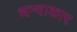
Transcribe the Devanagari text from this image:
धन्वाकार